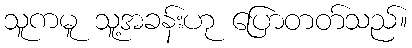
သူကမူ သူ့အခန်းဟု ပြောတတ်သည်။